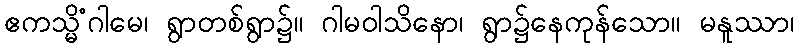
ဧကသ္မိံဂါမေ၊ ရွာတစ်ရွာ၌။ ဂါမဝါသိနော၊ ရွာ၌နေကုန်သော။ မနူဿာ၊